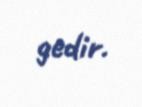
gedir.